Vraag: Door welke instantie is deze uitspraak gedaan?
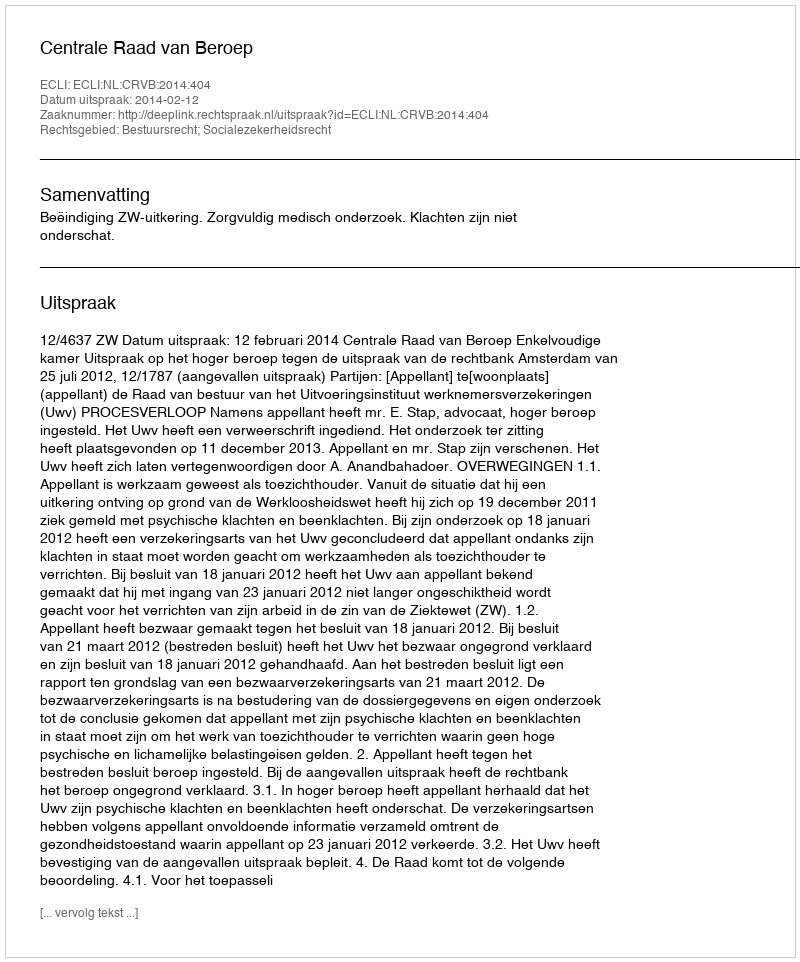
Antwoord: Centrale Raad van Beroep